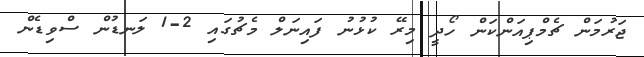
ޖަރުމަން ޗެމްޕިއަންކަން ހޯދީ މިރޭ ކުޅުނު ފައިނަލް މެޗުގައި 2-1 ލަނޑުން ސްވިޑެން